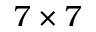
7 \times 7